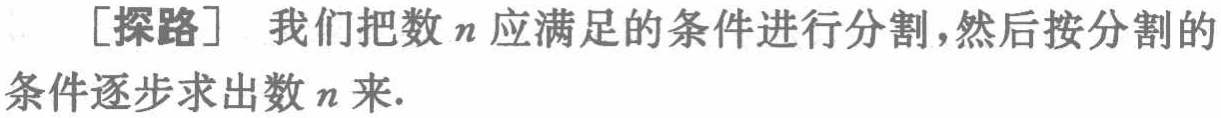
[探路] 我们把数 \(n\) 应满足的条件进行分割，然后按分割的条件逐步求出数 \(n\) 来.